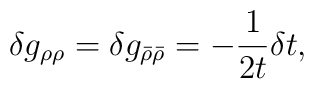
\delta g_{\rho\rho}=\delta g_{\bar{\rho}\bar{\rho}}=-\frac1{2t}\delta t,